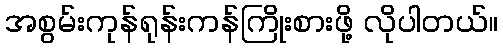
အစွမ်းကုန်ရုန်းကန်ကြိုးစားဖို့ လိုပါတယ်။